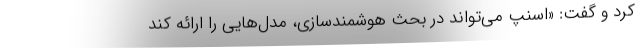
کرد و گفت: «اسنپ می‌تواند در بحث هوشمندسازی، مدل‌هایی را ارائه کند